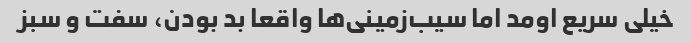
خیلی سریع اومد اما سیب‌زمینی‌ها واقعا بد بودن، سفت و سبز